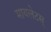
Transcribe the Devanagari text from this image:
मायलेटस्